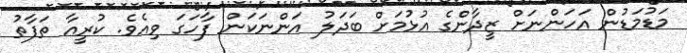
މަޑުމަޑުން އަހަންނަށް ޒީދާންގެ އުޅުމަށް ބަދަލު އަންނަކަން ފާހަގަ ވިއެވެ. ކުރީއާ ތަފާތު